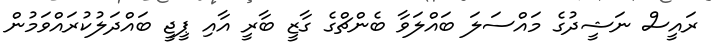
ރައީސް ނަޝީދުގެ މައްސަލަ ބައްލަވާ ބެންޗްގެ ގާޒީ ބާރީ އާއި ޕީޖީ ބައްދަލުކުރައްވަމުން